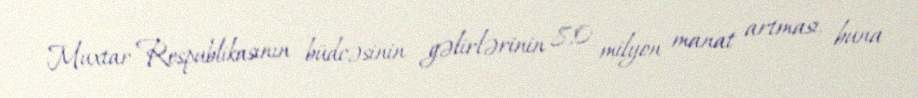
Muxtar Respublikasının büdcəsinin gəlirlərinin 8,0 milyon manat artması, buna